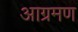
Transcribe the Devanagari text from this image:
आग्रमण